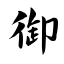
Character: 御